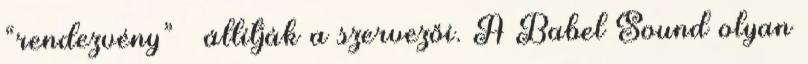
“rendezvény” – állítják a szervezői. A Babel Sound olyan